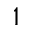
^ { 1 }